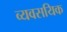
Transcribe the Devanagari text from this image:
व्यवसयिक